Vaccination in Bombay 1889-1901 - 1889-1901
Year: 1889
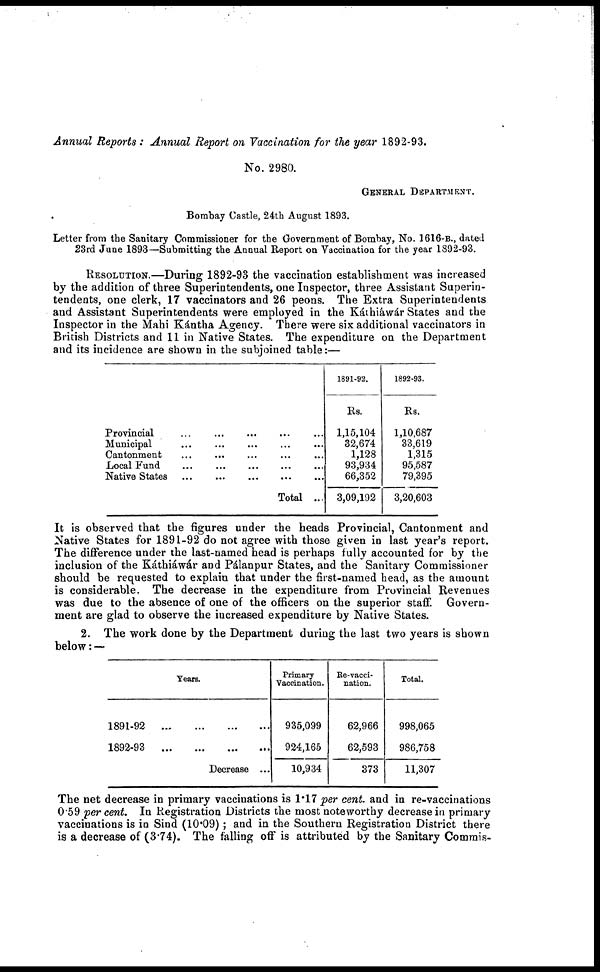
Annual Reports : Annual Report on Vaccination for the year 1892-93.
No. 2980.
GENERAL DEPARTMENT.
Bombay Castle, 24th August 1893.
Letter from the Sanitary Commissioner for the Government of Bombay, No. 1616-B., dated
23rd June 1893—Submitting the Annual Report on Vaccination for the year 1892-93.
RESOLUTION.—During 1892-93 the vaccination establishment was increased
by the addition of three Superintendents, one Inspector, three Assistant Superin-
tendents, one clerk, 17 vaccinators and 26 peons. The Extra Superintendents
and Assistant Superintendents were employed in the Káthiáwár States and the
Inspector in the Mahi Kántha Agency. There were six additional vaccinators in
British Districts and 11 in Native States. The expenditure on the Department
and its incidence are shown in the subjoined table:—
Provincial ... ... ... ... ...
Municipal ... ... ... ... ...
Cantonment ... ... ... ... ...
Local Fund
...
...
...
...
...
Native States
...
...
...
...
Total ...
1891-92.
Rs.
1,15,104
32,674
1,128
93,934
66,352
3,09,192
1892-93.
Rs.
1,10,687
33,619
1,315
95,587
79,395
3,20,603
It is observed that the figures under the heads Provincial, Cantonment and
Native States for 1891-92 do not agree with those given in last year's report.
The difference under the last-named head is perhaps fully accounted for by the
inclusion of the Káthiáwár and Pálanpur States, and the Sanitary Commissioner
should be requested to explain that under the first-named head, as the amount
is considerable. The decrease in the expenditure from Provincial Revenues
was due to the absence of one of the officers on the superior staff. Govern-
ment are glad to observe the increased expenditure by Native States.
2. The work done by the Department during the last two years is shown
below: —
Years.
1891-92
1892-93
...
...
...
...
...
...
...
...
Decrease ...
Primary
Vaccination.
935,099
924,165
10,934
Re-vacci¬
nation.
62,966
62,593
373
Total.
998,065
986,758
11,307
The net decrease in primary vaccinations is 1.17 per cent. and in re-vaccinations
0.59 per cent. In Registration Districts the most noteworthy decrease in primary
vaccinations is in Sind (10.09) ; and in the Southern Registration District there
is a decrease of (3.74). The falling off is attributed by the Sanitary Commis¬